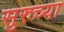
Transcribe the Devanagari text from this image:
सुरुच्या